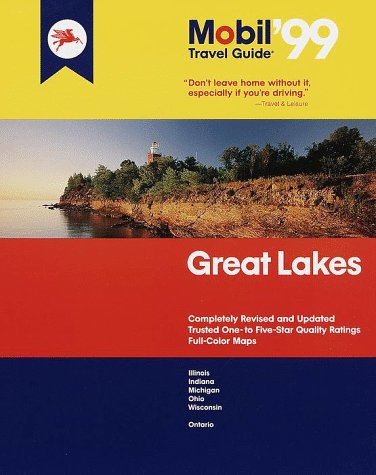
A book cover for Mobil 99: Great Lakes (Mobil Travel Guide Northern Great Lakes (Mi, Mn, Wi)); Fodor's; Travel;